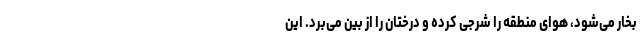
بخار می‌شود، هوای منطقه را شرجی کرده و درختان را از بین می‌برد. این